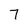
Character: 7